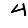
Digit: 4